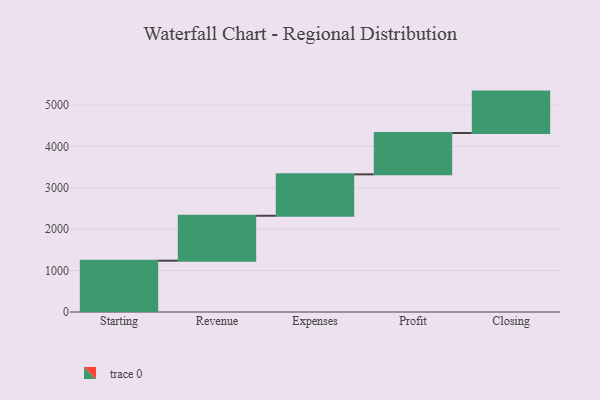
{"axis": {"x": "Step", "y": "Value"}, "legend": [""], "data": [{"x": "Starting", "y": 1240.0, "type": ""}, {"x": "Revenue", "y": 1086.0, "type": ""}, {"x": "Expenses", "y": 1000, "type": ""}, {"x": "Profit", "y": 1000, "type": ""}, {"x": "Closing", "y": 1000, "type": ""}]}